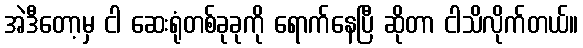
အဲဒီတော့မှ ငါ ဆေးရုံတစ်ခုခုကို ရောက်နေပြီ ဆိုတာ ငါသိလိုက်တယ်။